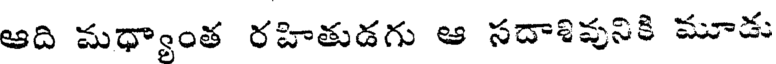
ఆది మధ్యాంత రహితుడగు ఆ సదాశివునికి మూడు